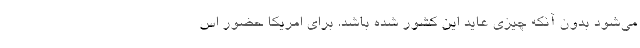
مي‌شود بدون آنكه چيزي عايد اين كشور شده باشد. براي امريكا حضور اس